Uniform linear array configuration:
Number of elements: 48
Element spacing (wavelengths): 1
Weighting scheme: uniform
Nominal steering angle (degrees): -45
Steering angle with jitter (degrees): -43.08
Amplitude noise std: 0.05
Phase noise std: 0.05

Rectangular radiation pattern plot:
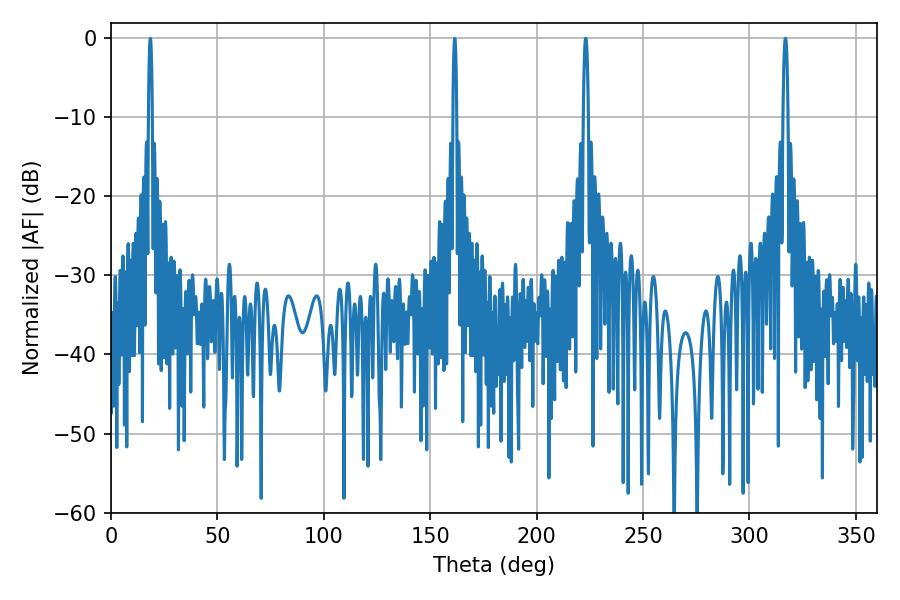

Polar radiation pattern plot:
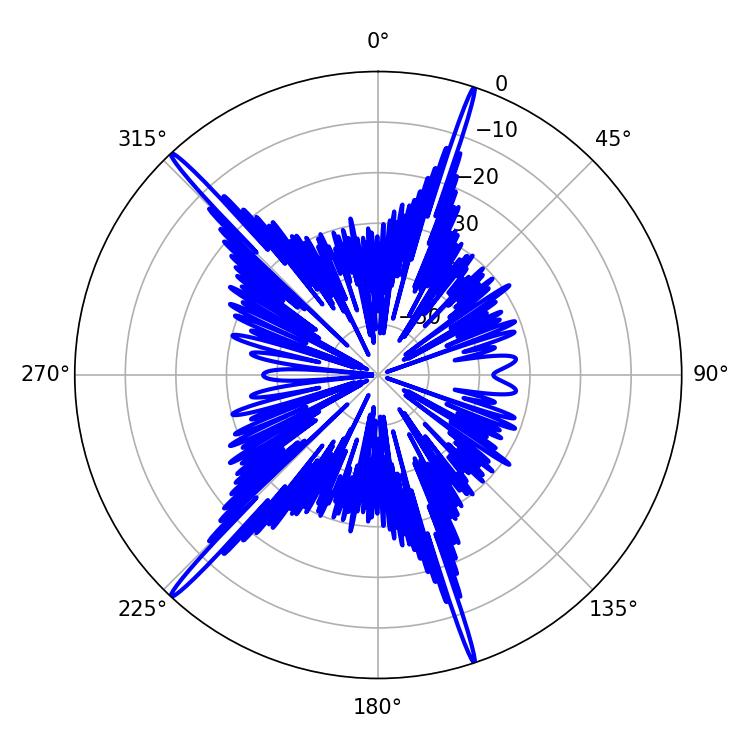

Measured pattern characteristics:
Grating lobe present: TRUE
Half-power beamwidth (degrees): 1.26
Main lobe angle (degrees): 223.02